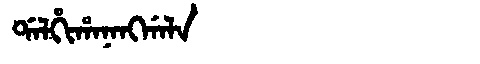
Manchu: ᡩᠠᠯᡥᡳᡥᠠᠨᠠᠩᡤᠠᠯᠠ
Romanization: DALHIHANANGGALA